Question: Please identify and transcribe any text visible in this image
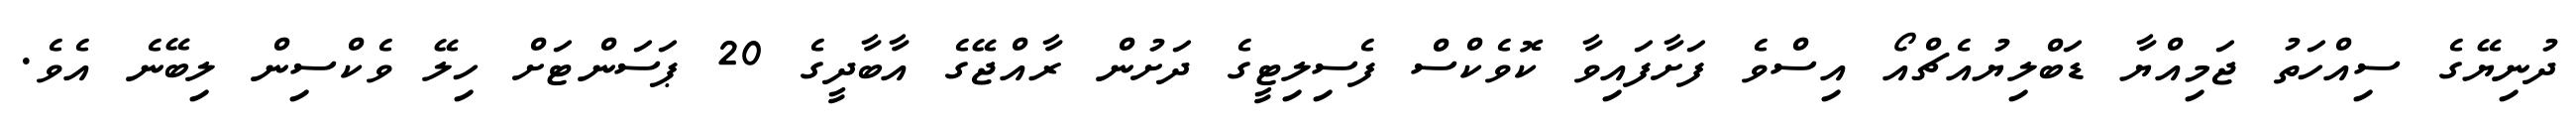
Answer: ދުނިޔޭގެ ސިއްހަތު ޖަމިއްޔާ ޑަބްލިޔުއެޗްއޯ އިސްވެ ފަށާފައިވާ ކޮވެކްސް ފެސިލިޓީގެ ދަށުން ރާއްޖޭގެ އާބާދީގެ 20 ޕަސަންޓަށް ހިލޭ ވެކްސިން ލިބޭނެ އެވެ.